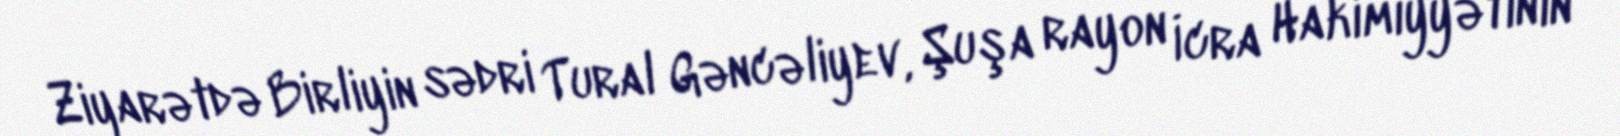
Ziyarətdə Birliyin sədri Tural Gəncəliyev, Şuşa rayon İcra Hakimiyyətinin